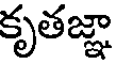
కృతజ్ఞా